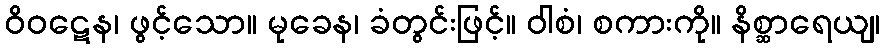
ဝိဝဋေန၊ ဖွင့်သော။ မုခေန၊ ခံတွင်းဖြင့်။ ဝါစံ၊ စကားကို။ နိစ္ဆာရေယျ၊